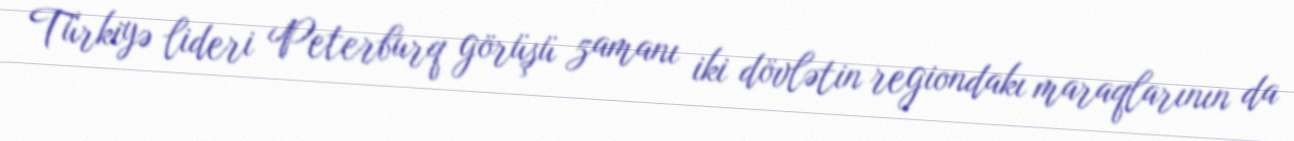
Türkiyə lideri Peterburq görüşü zamanı iki dövlətin regiondakı maraqlarının da